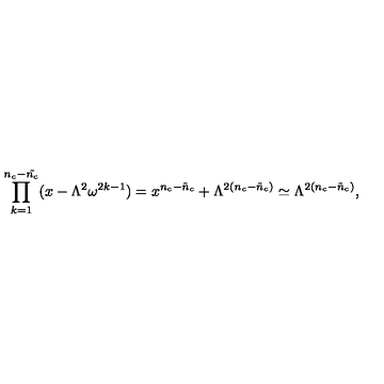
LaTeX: \prod _ { k = 1 } ^ { n _ { c } - \tilde { n _ { c } } } ( x - \Lambda ^ { 2 } \omega ^ { 2 k - 1 } ) = x ^ { n _ { c } - \tilde { n } _ { c } } + \Lambda ^ { 2 ( n _ { c } - \tilde { n } _ { c } ) } \simeq \Lambda ^ { 2 ( n _ { c } - \tilde { n } _ { c } ) } ,